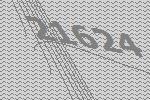
21624